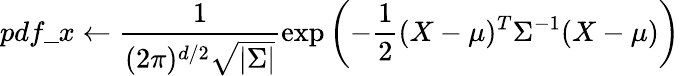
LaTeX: pdf\_ x\leftarrow\frac{1}{(2\pi)^{d/2}\sqrt{|\Sigma|}}\exp\left(-\frac{1}{2}(X-\mu)^{T}\Sigma^{-1}(X-\mu)\right)